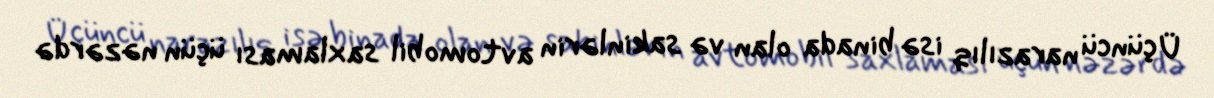
Üçüncü narazılıq isə binada olan və sakinlərin avtomobil saxlaması üçün nəzərdə